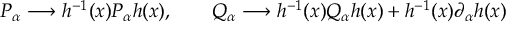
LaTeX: P _ { \alpha } \longrightarrow h ^ { - 1 } ( x ) P _ { \alpha } h ( x ) , \qquad Q _ { \alpha } \longrightarrow h ^ { - 1 } ( x ) Q _ { \alpha } h ( x ) + h ^ { - 1 } ( x ) \partial _ { \alpha } h ( x )